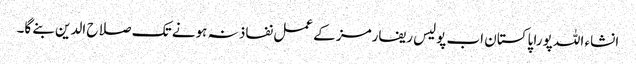
انشاء اللہ پورا پاکستان اب پولیس ریفارمز کے عمل نفاذ نہ ہونے تک صلاح الدین بنے گا۔